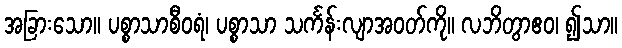
အခြားသော။ ပစ္စာသာစီဝရံ၊ ပစ္စာသာ သင်္ကန်းလျာအဝတ်ကို။ လဘိတွာဧဝ၊ ၍သာ။